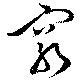
窮